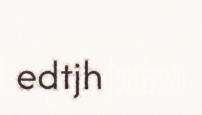
edtjh